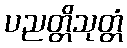
ပညတ္တိသုတ္တံ